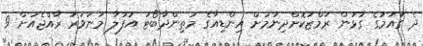
ދެ ގައުމުގެ ގުޅުން ރަމްޒުކޮށްދިނުމަށް އިންޑިއާގެ މަތިންދާބޯޓު އުފުލާ މަނަވަރު ރާއްޖެއަށް 9